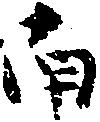
南